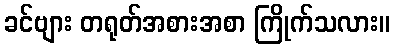
ခင်ဗျား တရုတ်အစားအစာ ကြိုက်သလား။